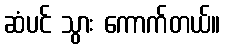
ဆံပင် သွား ကောက်တယ်။